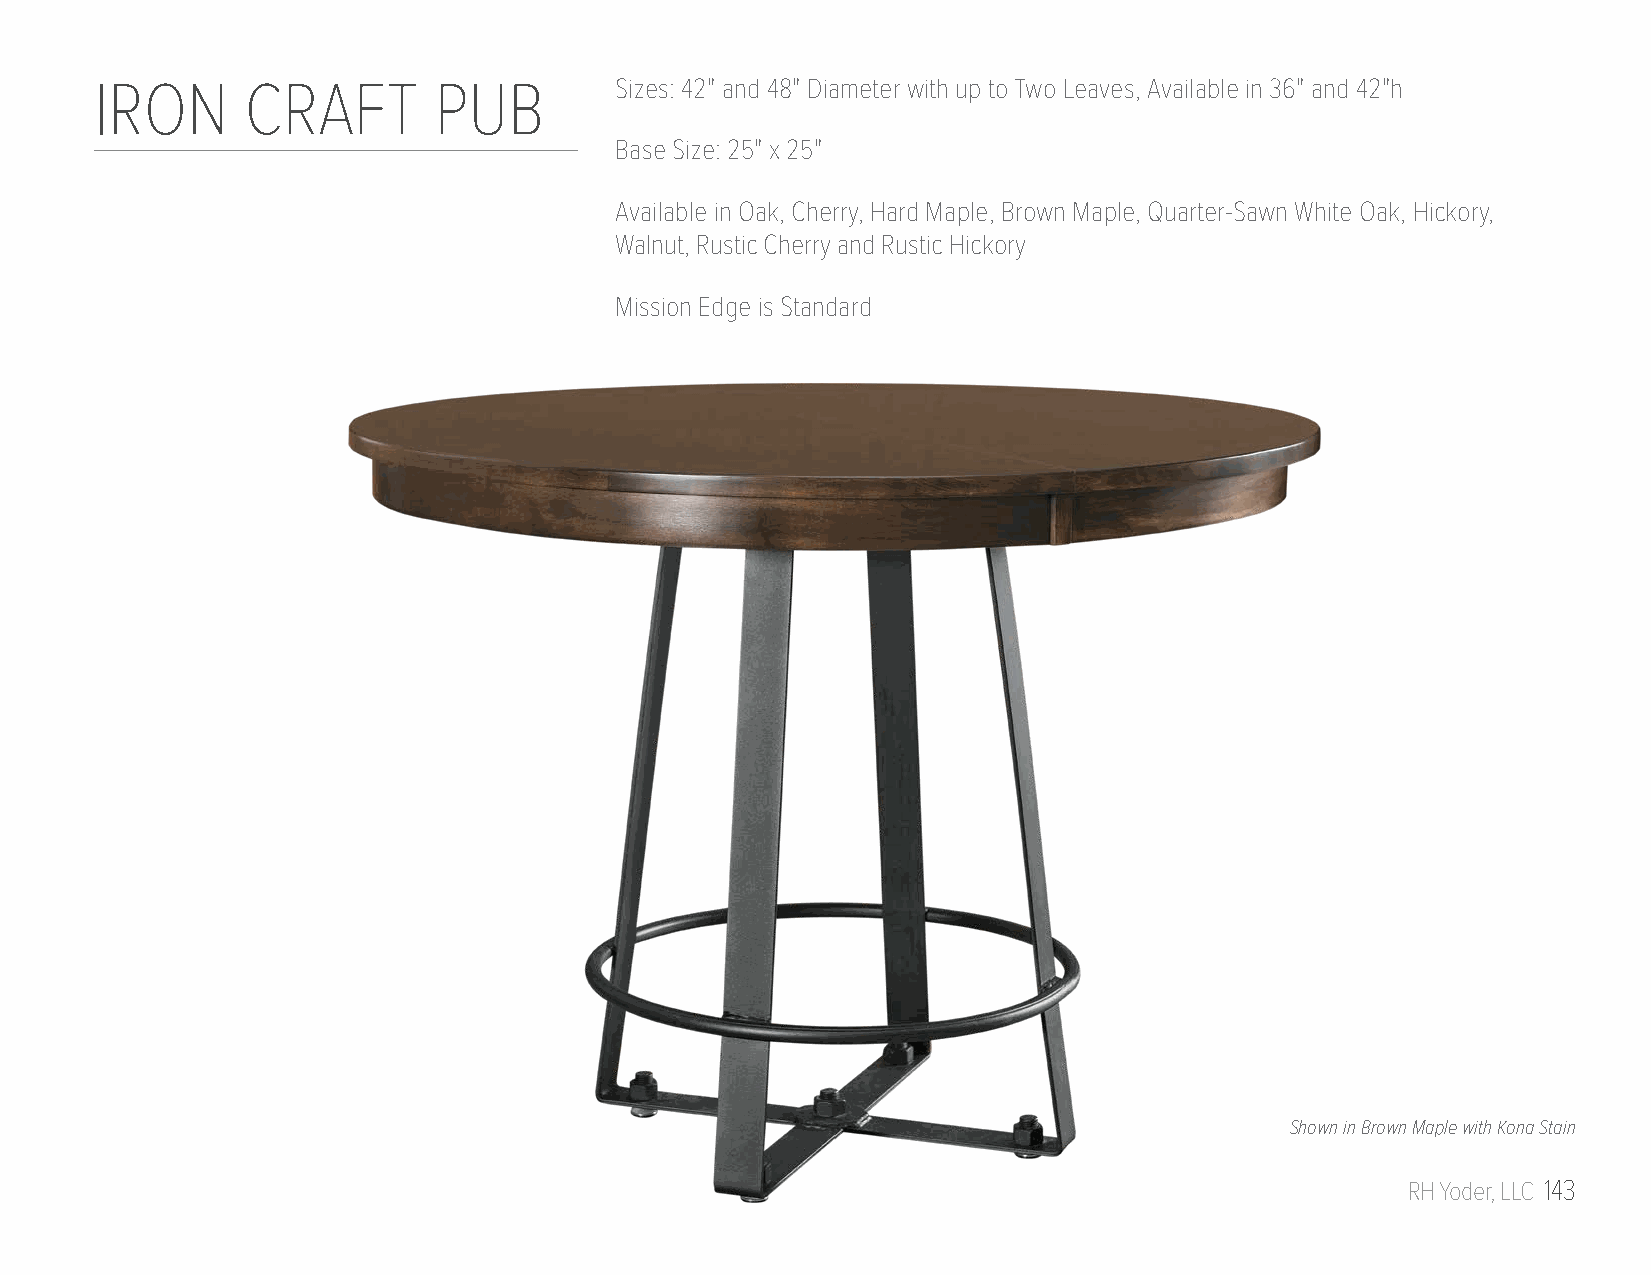
IRON      CRAFT        PUB         Sizes: 42" and 48" Diameter with up to Two Leaves, Available in 36" and 42"h
 Base Size: 25" x 25"
 Available in Oak, Cherry, Hard Maple, Brown Maple, Quarter-Sawn White Oak, Hickory,
 Walnut, Rustic Cherry and Rustic Hickory
 Mission Edge is Standard
 Shown in Brown Maple with Kona Stain
 RH Yoder, LLC 143